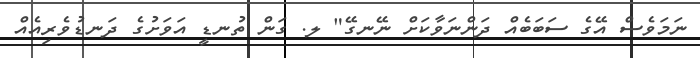
ނަމަވެސް އޭގެ ސަބަބެއް ދަންނަވާކަށް ނޭނގޭ" ލ. ގަން ތުނޑީ އަވަށުގެ ދަނޑުވެރިއެއް